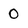
Character: 0